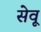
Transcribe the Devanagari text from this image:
सेवू